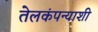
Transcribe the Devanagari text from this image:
तेलकंपन्याशी